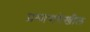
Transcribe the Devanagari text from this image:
प्रमाणदेखील